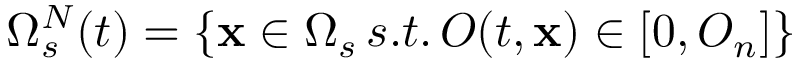
\Omega _ { s } ^ { N } ( t ) = \{ \mathbf { x } \in \Omega _ { s } \, s . t . \, O ( t , \mathbf { x } ) \in [ 0 , O _ { n } ] \}